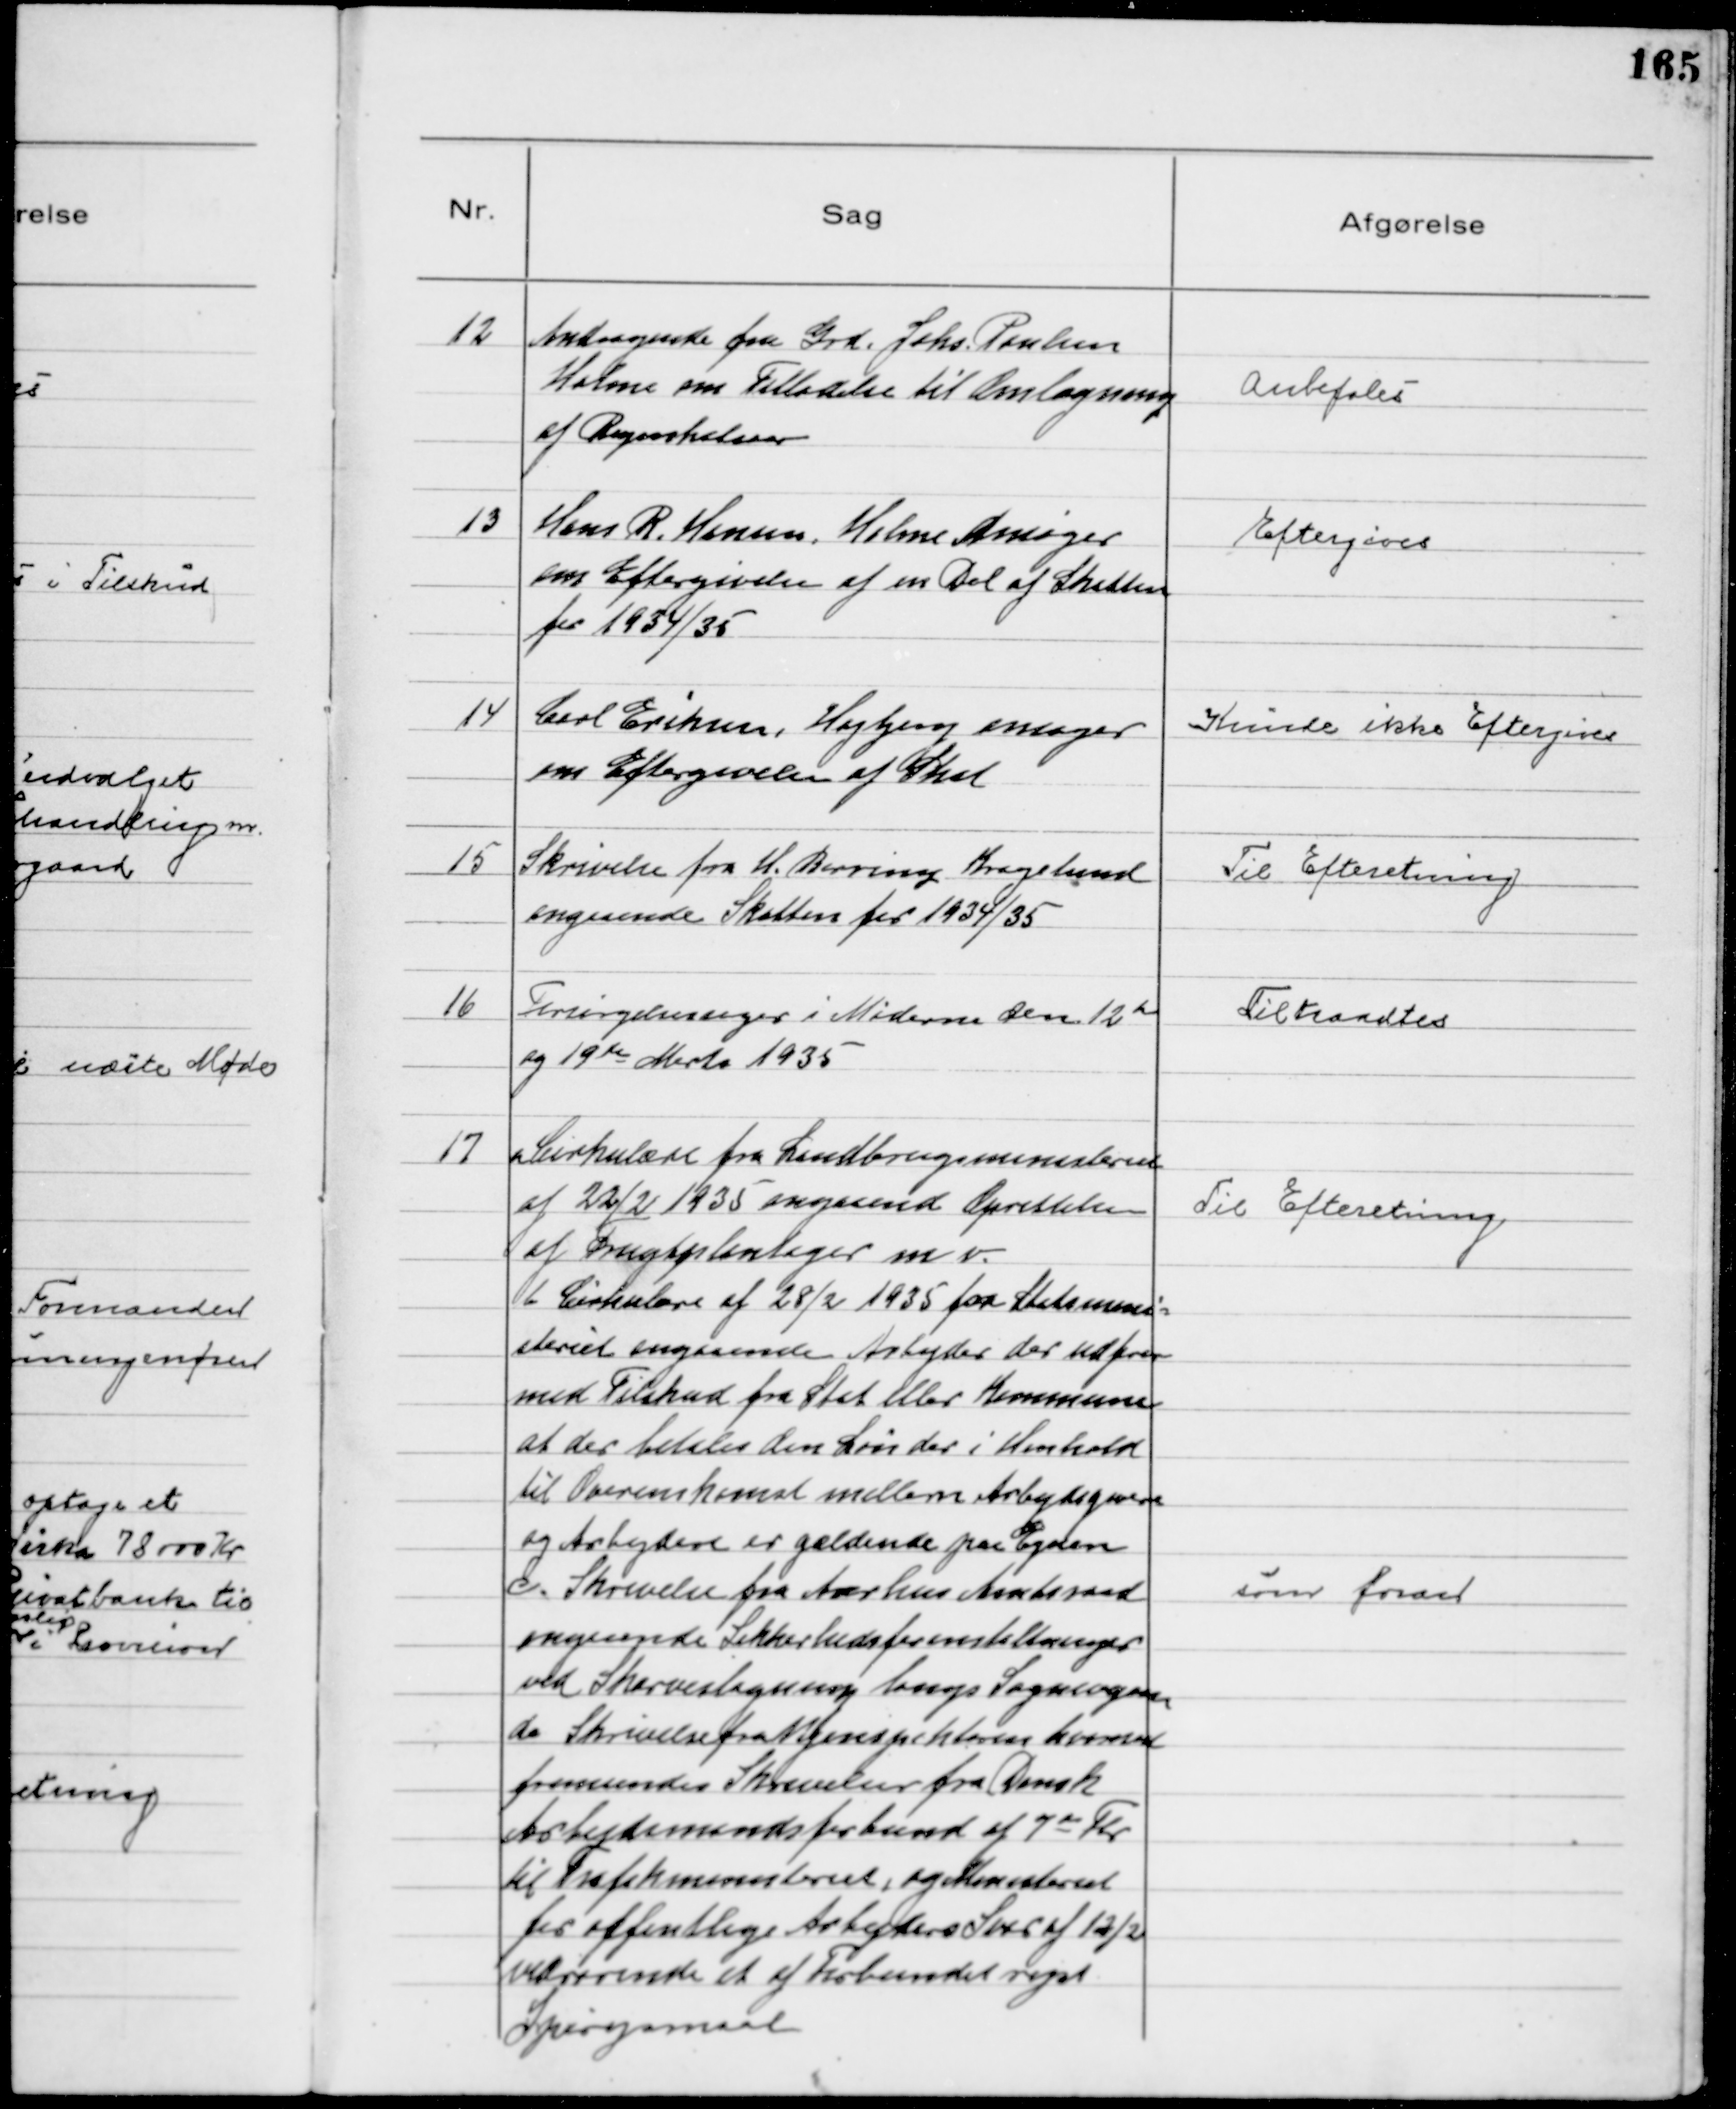
Transskription:
12
Andragende fra Grd. Johs. Poulsen
Holme om Tilladelse til Omlægning
af Regnskabsaar

Anbefales

13
Hans R. Hansen, Holme Ansøger
om Eftergivelse af en Del af Skatten
for 1934/35

Eftergives

14
Carl Eriksen, Højbjerg ansøger
om Eftergivelse af Skat

Kunde ikke Eftergives

15
Skrivelse fra H. Berring Kragelund
angaaende Skatten for 1934/35

Til Efteretning

16
Forsørgelsessager i Møderne den 12 te
og 19de Marts 1935

Tiltraadtes

17
a Cirkulære fra Landbrugsministeriet
af 22/2 1935 angaaende Oprettelse
af Frugtplantager m. v.
Til Efteretning
b Cirkulære af 28/2 1935 fra Statsmini=
steriet angaaende Arbejder der udføres
med Tilskud fra Stat eller Kommune
at der betales den Løn der i Henhold
til Overenskomst mellem Arbejdsgivere
og Arbejdere er gældende paa Egnen
c. Skrivelse fra Aarhus Amtsraad
angaaende Sikkerhedsforanstaltninger
ved Skærveslagning langs Sognevejene
d. Skrivelse fra Vejinspektøren hvormed
fremsendes Skrivelsen fra Dansk
Arbejdsmandsforbund af 7de Fbr
til Trafikministeriet, og Ministeriet
for offentlige Arbejders Svar af 12/2
vedrørende et af Forbundet rejst
Spørgsmaal
som foran